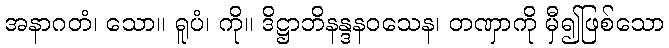
အနာဂတံ၊ သော။ ရူပံ၊ ကို။ ဒိဋ္ဌာဘိနန္ဒနဝသေန၊ တဏှာကို မှီ၍ဖြစ်သော